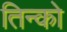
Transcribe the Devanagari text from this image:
तिन्को